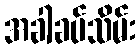
အခါခပ်သိမ်း